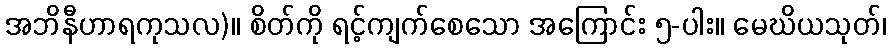
အဘိနီဟာရကုသလ)။ စိတ်ကို ရင့်ကျက်စေသော အကြောင်း ၅-ပါး။ မေဃိယသုတ်၊